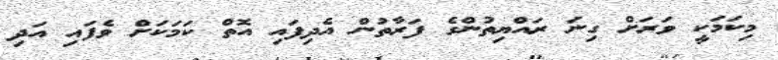
މިކަމަކީ ވަރަށް ގިނަ ރައްޔިތުންގެ ފަރާތުން އެދިފައި އޮތް ކަމަކަށް ވެފައި އަދި